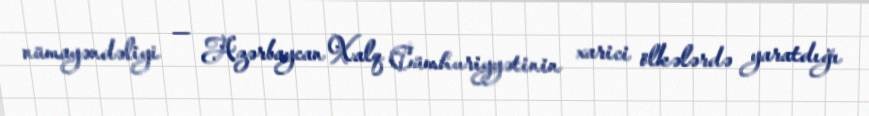
nümayəndəliyi — Azərbaycan Xalq Cümhuriyyətinin xarici ölkələrdə yaratdığı